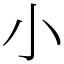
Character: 小